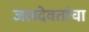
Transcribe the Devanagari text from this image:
जलदेवतांचा